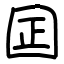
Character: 囸